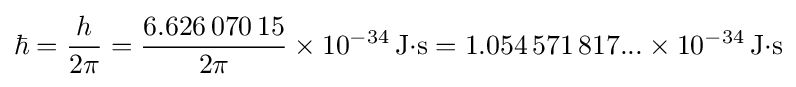
\hbar ={\frac {h}{2\pi }}={\frac {6.626\,070\,15}{2\pi }}\times 10^{-34}\,\mathrm {J{\cdot }s} =1.054\,571\,817...\times 10^{-34}\,\mathrm {J{\cdot }s}